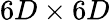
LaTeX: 6D\times 6D